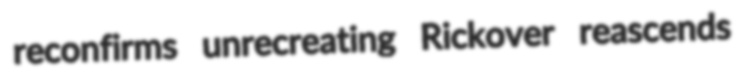
reconfirms unrecreating Rickover reascends